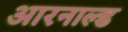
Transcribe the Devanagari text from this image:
आरनाल्ड